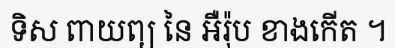
ទិស ពាយព្យ នៃ អឺរ៉ុប ខាងកើត ។